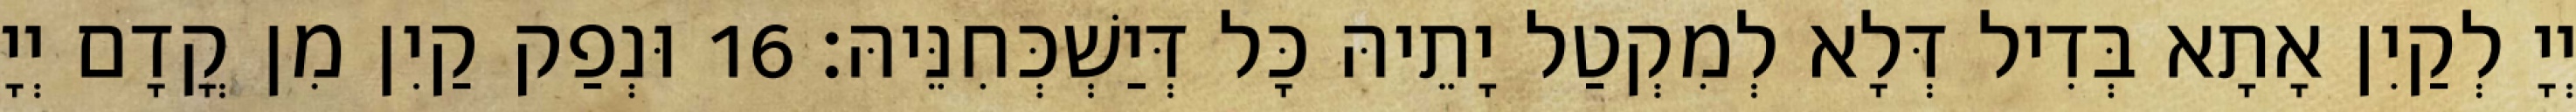
יְיָ לְקַיִן אָתָא בְּדִיל דְּלָא לְמִקְטַל יָתֵיהּ כָּל דְּיַשְׁכְּחִנֵּיהּ׃ 16 וּנְפַק קַיִן מִן קֳדָם יְיָ